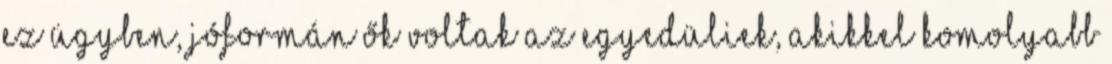
ez ügyben, jóformán ők voltak az egyedüliek, akikkel komolyabb